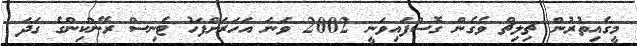
މީގެއިތުރުން ޗިލިޗް ވެގެން ގޮސްފައިވަނީ 2002 ވަނަ އަހަރަށްފަހު ޓެނިސް ރޭންކިންގެ ގަދަ